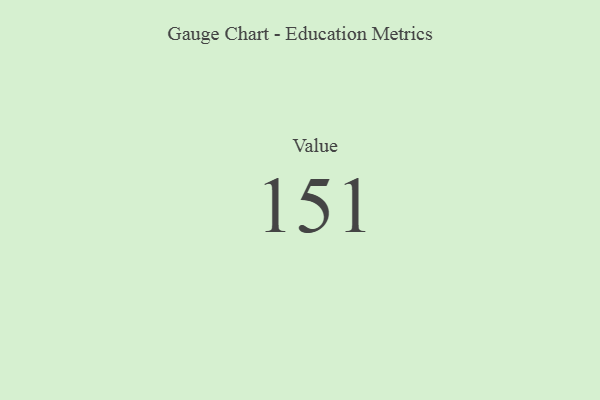
{"axis": {"x": "Metric", "y": "Value"}, "legend": [""], "data": [{"x": "Value", "y": 151, "type": ""}]}